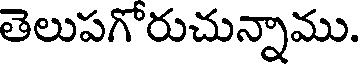
తెలుపగోరుచున్నాము.